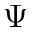
\Psi